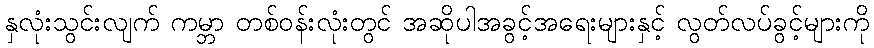
နှလုံးသွင်းလျက် ကမ္ဘာ တစ်ဝန်းလုံးတွင် အဆိုပါအခွင့်အရေးများနှင့် လွတ်လပ်ခွင့်များကို